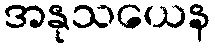
အနုသယေန